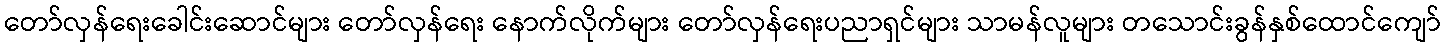
တော်လှန်ရေးခေါင်းဆောင်များ တော်လှန်ရေး နောက်လိုက်များ တော်လှန်ရေးပညာရှင်များ သာမန်လူများ တသောင်းခွန်နှစ်ထောင်ကျော်